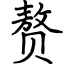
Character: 赘